Indian journal of veterinary science and animal husbandry - Volumes 22-23, 1952-1953
Year: 1952
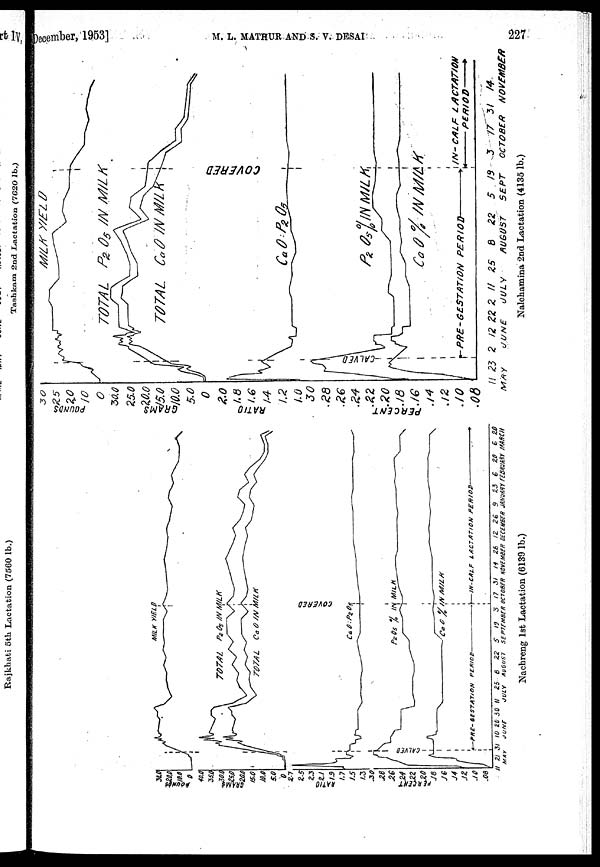
December, 1953]
M.
L.
MATHUR
AND
S.
V.
DESAI
227
Nachreng 1st Lactation (6139 lb.)
Nalchamina 2nd Lactation (4135 lb.)